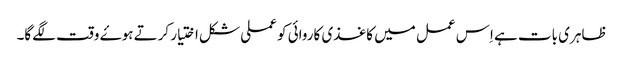
ظاہری بات ہے اِس عمل میں کاغذی کاروائی کو عملی شکل اختیار کرتے ہوۓ وقت لگےگا۔